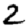
Digit: 2